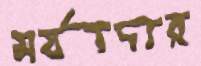
মর্যাদার